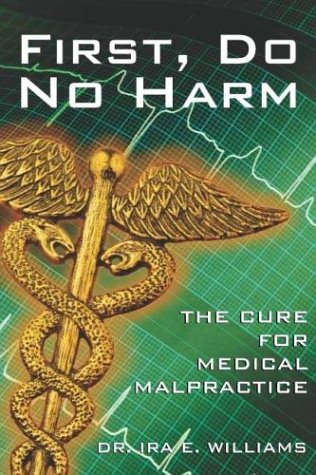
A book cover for First, Do No Harm: The Cure For Medical Malpractice; Ira E. Williams; Law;